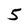
Character: 5